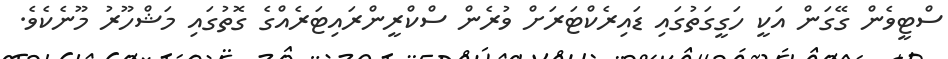
ސްޓީވެން ގޭގަން އަކީ ހަގީގަތުގައި ޑައިރެކްޓަރަށް ވުރެން ސްކްރީންރައިޓަރެއްގެ ގޮތުގައި މަޝްހޫރު މޫނެކެވެ.